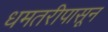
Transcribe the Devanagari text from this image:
धमतरीपासून